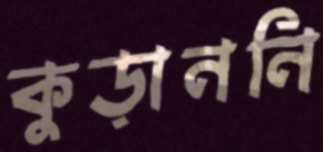
কুড়াননি